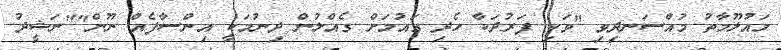
މައުލޫމާތު މުއްސަނދިވި "ވަކި ފަރުދަކާ ހެދި ގައުމަށް ގެއްލުން ދިނުމަކީ އިންސާފެއް ނޫން""ނަޝީދު